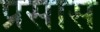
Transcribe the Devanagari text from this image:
प्रसास